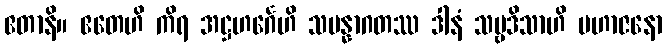
ဧတာနိ။ ဧတေဟိ ကိရ အဋ္ဌဟင်္ဂေဟိ သမန္နာဂတဿ ဒါနံ သဗ္ဗဒိသာဟိ မဟာဇနော